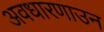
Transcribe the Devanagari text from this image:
अवधारणाउन